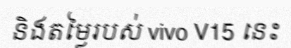
និងតម្លៃរបស់ vivo V15 នេះ